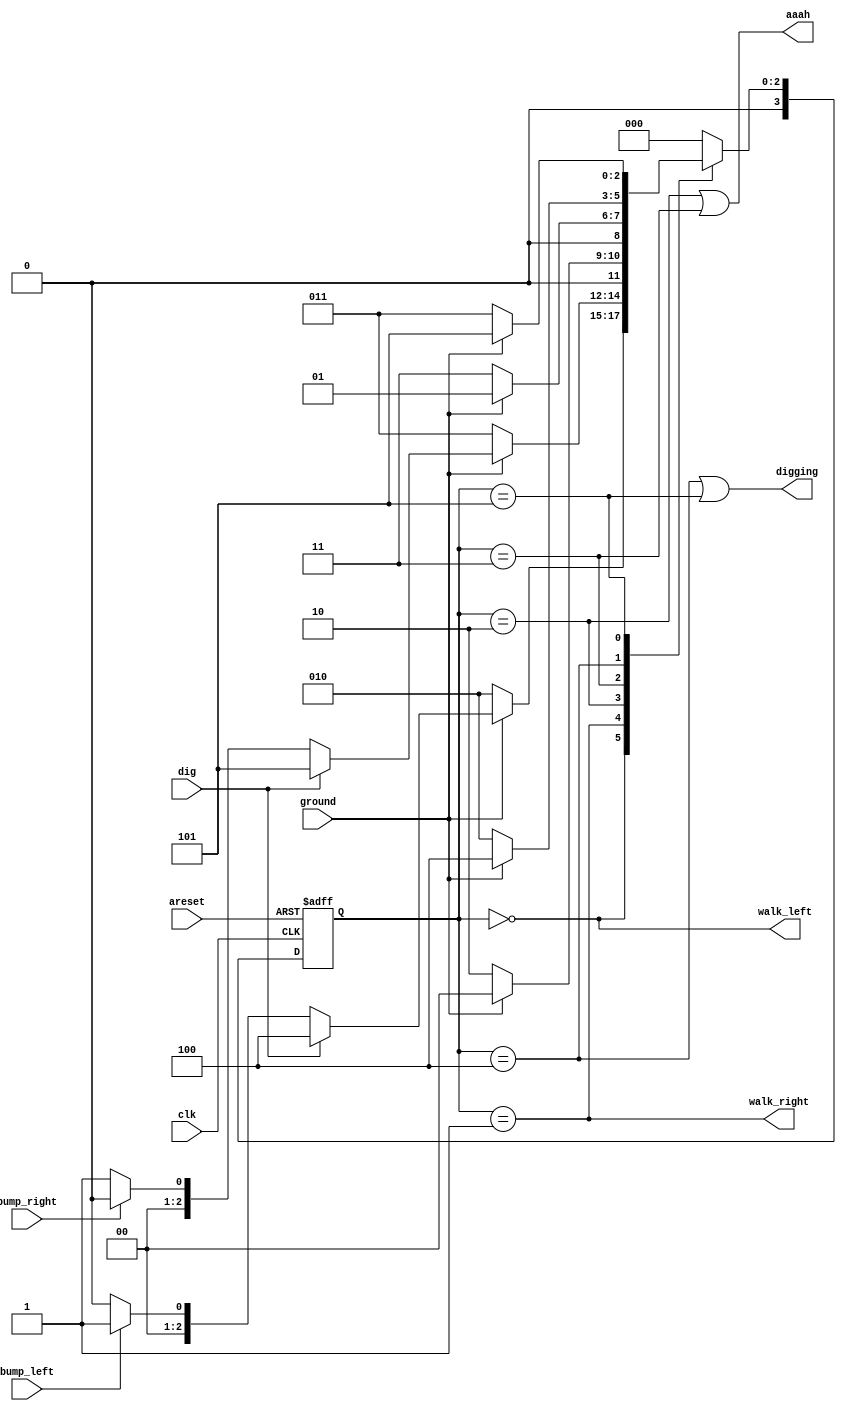
module top_module(
    input clk,
    input areset,    // Freshly brainwashed Lemmings walk left.
    input bump_left,
    input bump_right,
    input ground,
    input dig,
    output walk_left,
    output walk_right,
    output aaah,
    output digging ); 
	parameter lna = 0, rna = 1, la = 2, ra = 3, ldig = 4,  rdig = 5;
    reg [3:0] state, next_state;
    
    always @ (posedge clk or posedge areset)
        begin
            if (areset)
                state <= lna;
            else
                state <= next_state;
        end
    always @ (*) begin
        case (state)
            lna: next_state = ~ground ? la : 
                dig ? ldig : 
                bump_left ? rna : lna;
            rna: next_state = ~ground ? ra :
                dig ? rdig :
                bump_right ? lna : rna;
            la: next_state = ground ? lna: la;
            ra: next_state = ground ? rna: ra;
            ldig: next_state = ground ? ldig : la;
            rdig: next_state = ground ? rdig : ra;
            default: next_state = lna;
        endcase
    end
    
    assign walk_left = (state == lna);
    assign walk_right = (state == rna);
    assign aaah = (state == la || state == ra);
    assign digging = (state == ldig || state == rdig);
endmodule